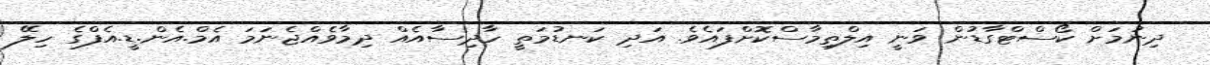
ދިނުމަށް ކޯސްޓްގާޑުން ވަނީ އިލްތިމާސްކޮށްފައެވެ. އަދި ކަނޑުމަތީ ހާދިސާއެއް ދިމާވެއްޖެނަމަ އެމް.އެން.ޑީ.އެފްގެ ހިލޭ